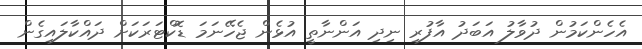
އެހެންކަމުން ދުވާލު އަބަދު އާފުރި ނިދި އަންނާތީ އުޅެން ޖެހޭނަމަ ޑޮކްޓަރަކަށް ދައްކާލައިގެން